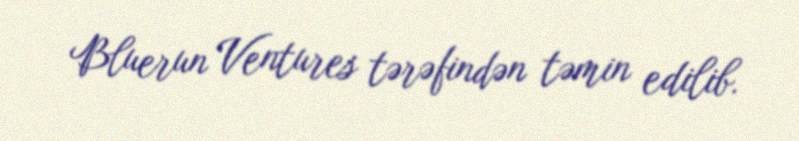
Bluerun Ventures tərəfindən təmin edilib.